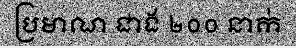
ប្រមាណ ជាង ២០០ នាក់